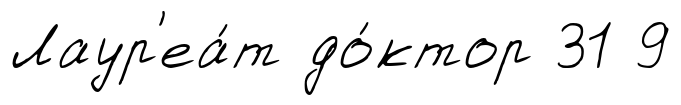
Лаур'еа́т до́ктор 31 9